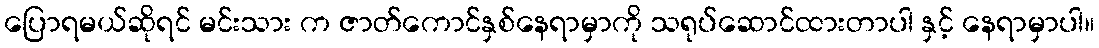
ပြောရမယ်ဆိုရင် မင်းသား က ဇာတ်ကောင်နှစ်နေရာမှာကို သရုပ်ဆောင်ထားတာပါ နှင့် နေရာမှာပါ။